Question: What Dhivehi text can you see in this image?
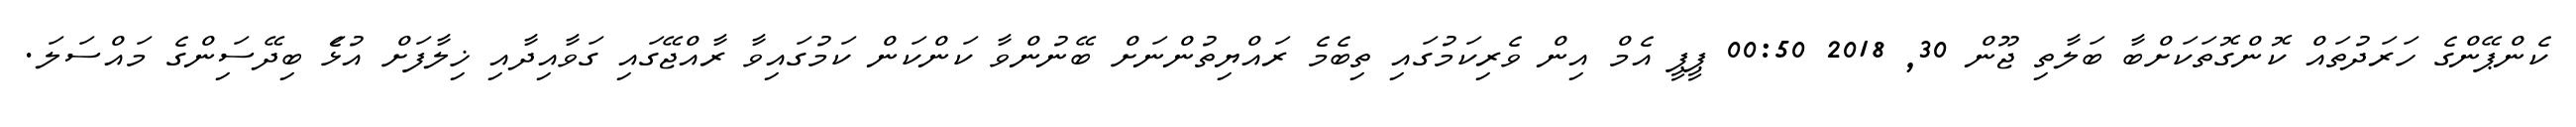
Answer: ކެންޕޭންގެ ހަރަދުތައް ކޮންގޮތަކަށްބާ ބަލާތި ޖޫން 30, 2018 00:50 ޕީޕީ އެމް އިން ވެރިކަމުގައި ތިބެމެ ރައްޔިތުންނަށް ބޭނުންވާ ކަންކަން ކަމުގައިވާ ރާއްޖޭގައި ގަވާއިދާއި ޚިލާފަށް އުޅަެ ބިދޭސަިންގެ މައްސަލަ.